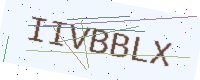
Text: IIVBBLX